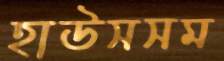
হাউসসম